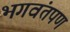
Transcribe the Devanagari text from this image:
भगवंतपण